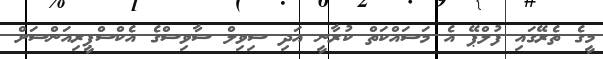
މީގެ ތެރޭގައި ފުލްޕޭ އެ މަސައްކަތް ކުރާނީ އަދި ސިވިލް ސާވިސްގެ އެކްސްޕީރިއަންސަށް